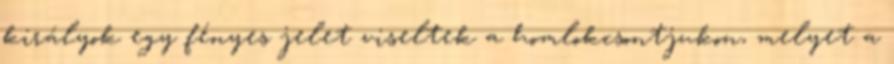
királyok egy fényes jelet viseltek a homlokcsontjukon, melyet a